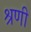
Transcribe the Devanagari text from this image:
श्रणी